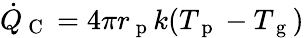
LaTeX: \dot{Q}_{\mathrm{~C~}}=4\pi r_{\mathrm{~p~}}k(T_{\mathrm{~p~}}-T_{\mathrm{~g~}})